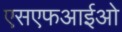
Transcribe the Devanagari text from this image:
एसएफआईओ